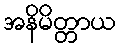
အနိမိတ္တာယ